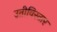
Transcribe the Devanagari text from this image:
उतीविस्तार